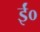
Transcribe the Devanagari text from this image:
ईं०